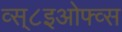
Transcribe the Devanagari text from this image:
व्स्८इओफ्व्स